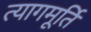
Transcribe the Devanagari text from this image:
त्यागमूर्ति